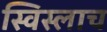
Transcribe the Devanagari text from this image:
स्विस्लाच